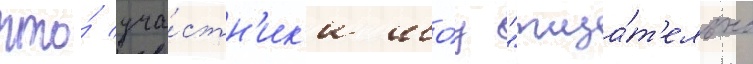
что́ уча́стн'ик'и шо́у "тща́т'ельно